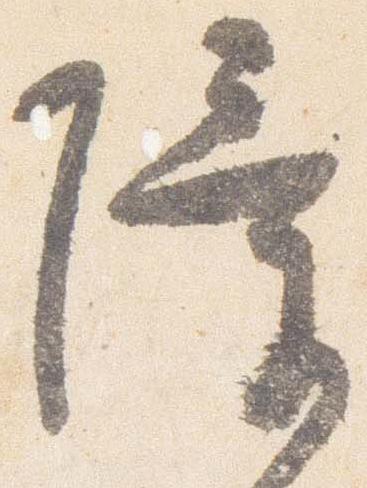
障